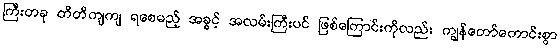
ကြီးတခု တိတိကျကျ ရစေမည့် အခွင့် အလမ်းကြီးပင် ဖြစ်ကြောင်းကိုလည်း ကျွန်တော်ကောင်းစွာ